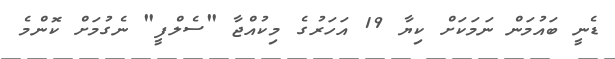
ޑެނީ ބައުމަން ނަމަކަށް ކިޔާ 19 އަހަރުގެ މިކުއްޖާ "ސެލްފީ" ނެގުމަށް ކޮންމެ